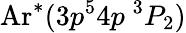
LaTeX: \mathrm{Ar}^{*}(3p^{5}4p\ ^{3}P_{2})